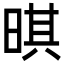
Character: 𣈒